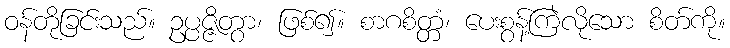
ဝန်တိုခြင်းသည်။ ဥပ္ပဇ္ဇိတွာ၊ ဖြစ်၍။ စာဂစိတ္တံ၊ ပေးစွန့်ကြဲလိုသော စိတ်ကို။